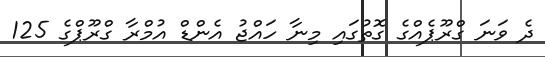
ދެ ވަނަ ގްރޫޕެއްގެ ގޮތުގައި މިނާ ހައްޖު އެންޑް އުމްރާ ގްރޫޕްގެ 125